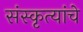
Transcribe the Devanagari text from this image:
संस्कृत्यांचे